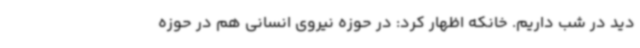
دید در شب داریم. خانکه اظهار کرد: در حوزه نیروی انسانی هم در حوزه